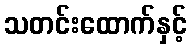
သတင်းထောက်နှင့်